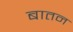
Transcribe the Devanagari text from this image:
बातन